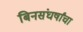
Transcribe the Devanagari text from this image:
बिनसंघर्षांचा